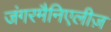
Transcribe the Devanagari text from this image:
जंगरमैनिएलीज़